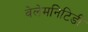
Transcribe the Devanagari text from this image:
वेलेमनिटिडी